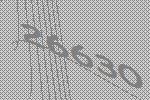
26630